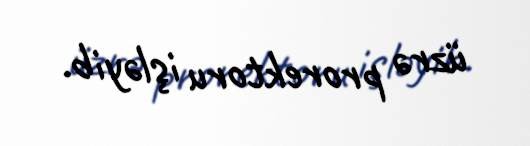
üzrə prorektoru işləyib.